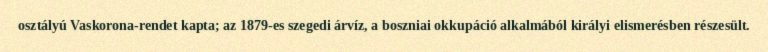
osztályú Vaskorona-rendet kapta; az 1879-es szegedi árvíz, a boszniai okkupáció alkalmából királyi elismerésben részesült.